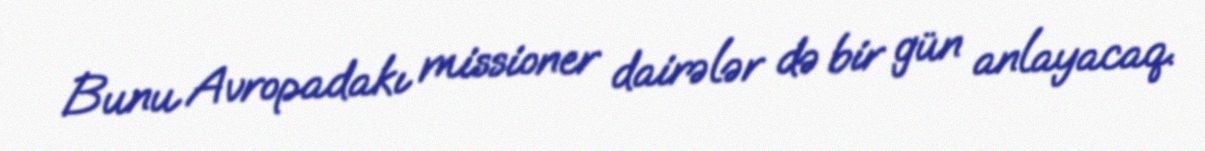
Bunu Avropadakı missioner dairələr də bir gün anlayacaq.